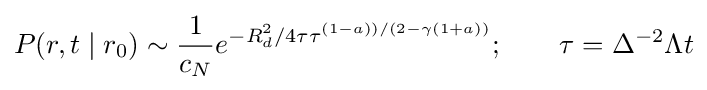
P(r,t\mid r_{0})\sim {\frac {1}{c_{N}}}e^{-R_{d}^{2}/4\tau \tau ^{(1-a))/(2-\gamma (1+a))}};\qquad \tau =\Delta ^{-2}\Lambda t